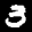
Label: 3